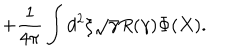
LaTeX: + \frac { 1 } { 4 \pi } \int d ^ { 2 } \xi \sqrt { \gamma } R ( \gamma ) \Phi ( X ) .